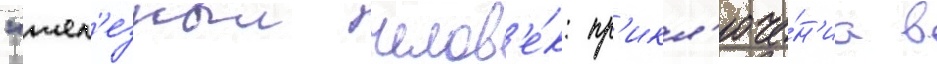
"жел'езныи челов'е́к: пр'икл'юче́н'иа в